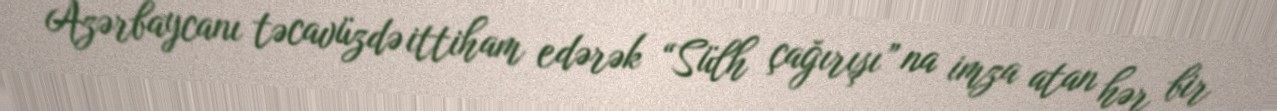
Azərbaycanı təcavüzdə ittiham edərək “Sülh çağırışı” na imza atan hər bir